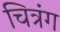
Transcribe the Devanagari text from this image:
चित्रंग